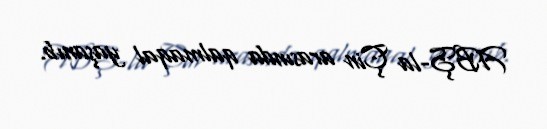
ABŞ-la Çin arasında qalmaqal yaşanıb.